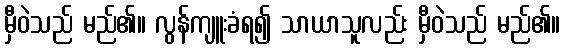
မှီဝဲသည် မည်၏။ လွန်ကျူးခံရ၍ သာယာသူလည်း မှီဝဲသည် မည်၏။